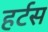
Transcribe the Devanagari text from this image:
हर्टस